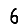
Digit: 6